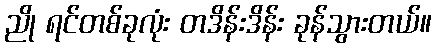
ညို ရင်တစ်ခုလုံး တဒိန်းဒိန်း ခုန်သွားတယ်။